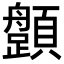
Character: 𩕎